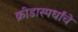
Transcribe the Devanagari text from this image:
क्रीडास्पर्धांचे